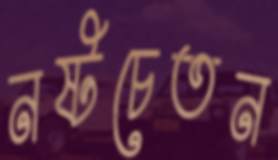
নষ্টচেতন